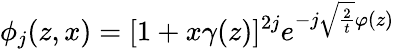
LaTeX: \phi_{j}(z,x)={[}1+x\gamma(z){]}^{2j}e^{-j\sqrt{\frac{2}{t}}\varphi(z)}